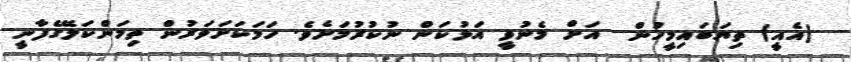
(އެއީ) ތިޔަބައިމީހުން  އަށް މެނުވީ އަޅުކަން ނުކުރުމަށެވެ. ހަމަކަށަވަރުން ތިމަންކަލޭގެފާނީ